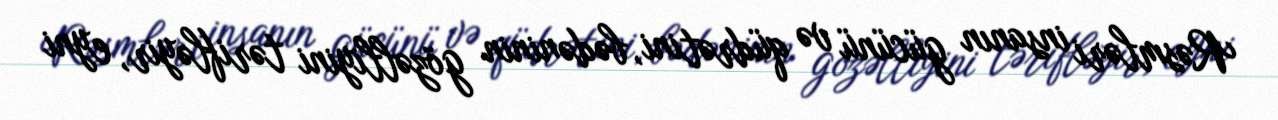
Rəsmləri insanın gücünü və qüdrətini, bədəninin gözəlliyini tərifləyir, eyni